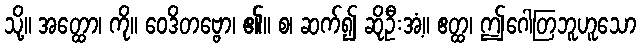
သို့။ အတ္ထော၊ ကို။ ဝေဒိတဗ္ဗော၊ ၏။ စ၊ ဆက်၍ ဆိုဦးအံ့။ ဧတ္ထ၊ ဤဂေါတြဘူဟူသော